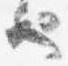
也